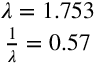
\begin{array} { c } { \lambda = 1 . 7 5 3 } \\ { \frac { 1 } { \lambda } = 0 . 5 7 } \end{array}